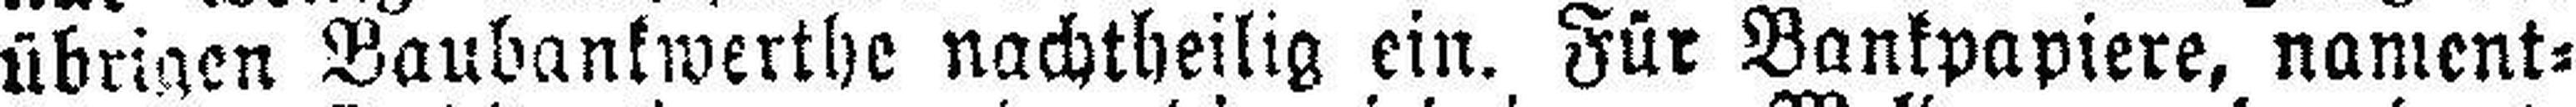
übrigen Baubankwerthe nachtheilig ein. Für Bankpapiere, nament¬